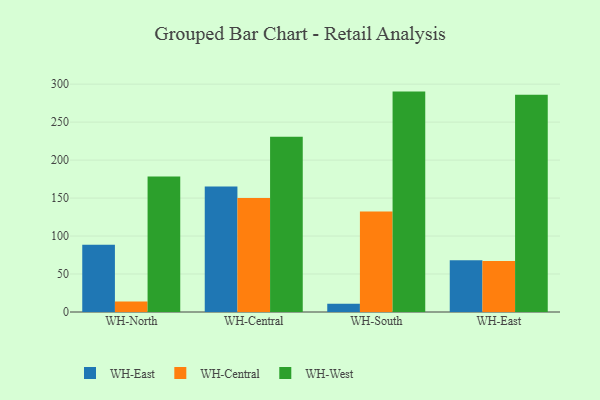
{"axis": {"x": "Warehouse", "y": "Waste Production (Tons)"}, "legend": ["WH-Central", "WH-East", "WH-West"], "data": [{"x": "WH-North", "y": 88.6, "type": "WH-East"}, {"x": "WH-North", "y": 13.9, "type": "WH-Central"}, {"x": "WH-North", "y": 178.4, "type": "WH-West"}, {"x": "WH-Central", "y": 165.1, "type": "WH-East"}, {"x": "WH-Central", "y": 150.0, "type": "WH-Central"}, {"x": "WH-Central", "y": 230.7, "type": "WH-West"}, {"x": "WH-South", "y": 10.7, "type": "WH-East"}, {"x": "WH-South", "y": 132.3, "type": "WH-Central"}, {"x": "WH-South", "y": 290.2, "type": "WH-West"}, {"x": "WH-East", "y": 68.3, "type": "WH-East"}, {"x": "WH-East", "y": 67.0, "type": "WH-Central"}, {"x": "WH-East", "y": 285.9, "type": "WH-West"}]}